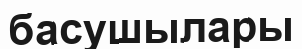
басушылары